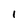
Character: 1